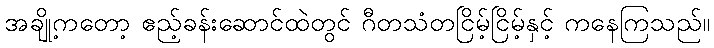
အချို့ကတော့ ဧည့်ခန်းဆောင်ထဲတွင် ဂီတသံတငြိမ့်ငြိမ့်နှင့် ကနေကြသည်။